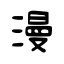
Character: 漫